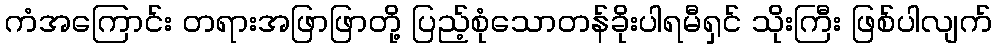
ကံအကြောင်း တရားအဖြာဖြာတို့ ပြည့်စုံသောတန်ခိုးပါရမီရှင် သိုးကြီး ဖြစ်ပါလျက်